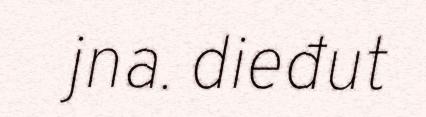
jna. dieđut